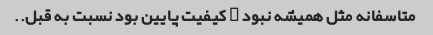
متاسفانه مثل همیشه نبود … کیفیت پایین بود نسبت به قبل..